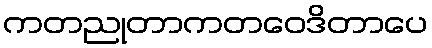
ကတညုတာကတဝေဒိတာပေ